Annual report on the Civil Veterinary Department, Burma (including the Insein Veterinary School) - 1932-1941
Year: 1932
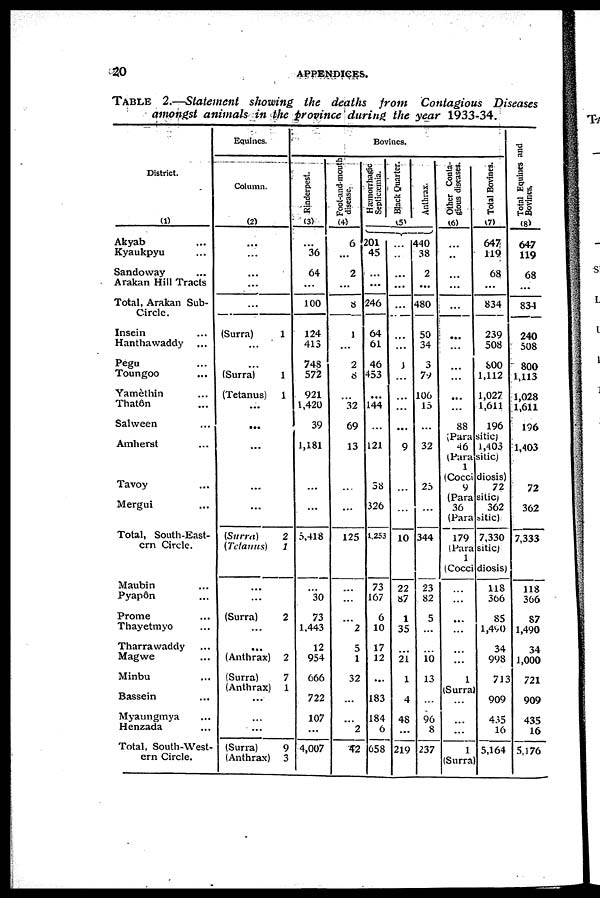
20
APPENDICES.
TABLE 2.—Statement showing the deaths from Contagious Diseases
amongst animals in the province during the year 1933-34.
District.
(1)
Akyab ...
Kyaukpyu ...
Sandoway ...
Arakan Hill Tracts
Total, Arakan Sub-
Circle.
Insein ...
Hanthawaddy ...
Pegu ...
Toungoo ...
Yamèthin ...
Thatôn ...
Salween ...
Amherst ...
Tavoy ...
Mergui ...
Total, South-East-
ern Circle.
Maubin ...
Pyapôn ...
Prome ...
Thayetmyo ...
Tharrawaddy ...
Magwe ...
Minbu ...
Bassein ...
Myaungmya ...
Henzada ...
Total, South-West-
ern Circle.
Equities.
Column.
(2)
...
...
...
...
...
(Surra)
1
...
...
(Surra)
1
(Tetanus) 1
...
...
...
...
...
(Surra)
2
(Tetanus)
1
...
...
(Surra)
2
...
...
(Anthrax) 2
(Surra)
7
(Anthrax) 1
...
...
...
(Surra)
9
(Anthrax) 3
Bovines.
Rinderpest.
(3)
...
36
64
...
100
124
413
748
572
921
1,420
39
1,181
...
...
5,418
...
30
73
1,443
12
954
666
722
107
...
4,007
Foot-and-mouth
disease.
(4)
6
...
2
...
8
1
...
2
8
32
69
13
...
...
125
...
...
...
2
5
1
32
...
...
2
42
Hæmorrhagic
Septicæmia.
201
45
...
...
246
64
61
46
453
144
...
121
58
326
1,253
73
167
6
10
17
12
...
183
184
6
658
Black Quarter.
(5)
...
...
...
...
...
...
...
1
...
...
9
...
...
10
22
87
1
35
...
21
1
4
48
...
219
Anthrax.
440
38
2
...
480
50
34
3
7)
106
15
32
25
...
344
23
82
5
...
...
10
13
...
96
8
237
Other Conta-
gious diseases.
(6)
...
..
...
...
...
...
...
...
...
...
88
Total Bovines.
(7)
647
119
68
...
834
239
508
800
1,112
1,027
1,611
196
(Parasitic)
46 1,403
(Parasitic) 1
(Coccidiosis)
9
(Para
36
72
sitic)
362
(Parasitic)
179 7,330
(Parasitic)
1
(Coccidiosis)
...
...
...
...
...
...
1
(Surra
...
...
...
1
(Surra
118
366
85
1,490
34
998
713
909
435
16
5,164
Total Equines and
Bovines,
(8)
647
119
68
...
834
240
508
800
1,113
1,028
1,611
196
1,403
72
362
7,333
118
366
87
1,490
34
1,000
721
909
435
16
5,176